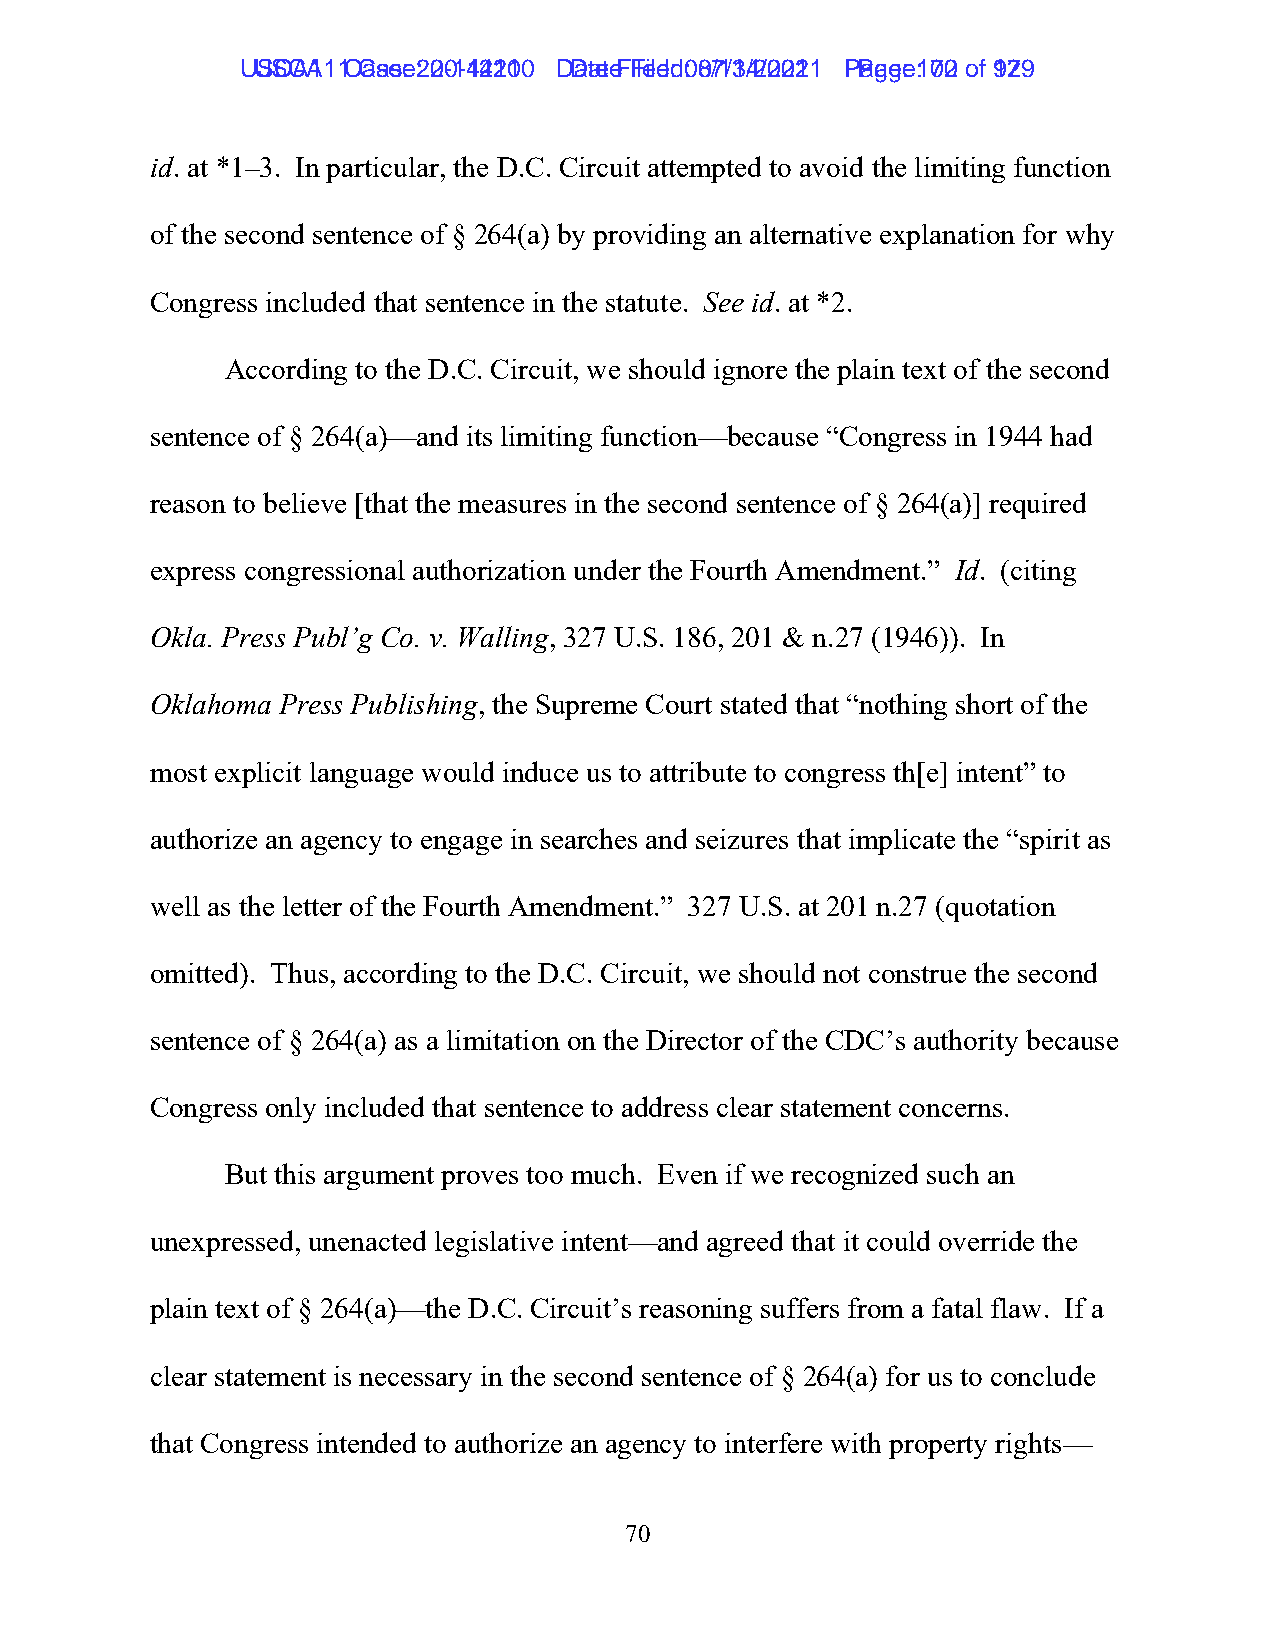
UUSSCCAA1111 C Caasese: :2 200-1-144221100 D Daatete F Fileiledd: :0 087/1/134/2/2002211 P Paaggee: :1 7002 ooff 9172 9
 id. at *1–3. In particular, the D.C. Circuit attempted to avoid the limiting function
 of the second sentence of § 264(a) by providing an alternative explanation for why
 Congress included that sentence in the statute. See id. at *2.
 According to the D.C. Circuit, we should ignore the plain text of the second
 sentence of § 264(a)—and its limiting function—because “Congress in 1944 had
 reason to believe [that the measures in the second sentence of § 264(a)] required
 express congressional authorization under the Fourth Amendment.” Id. (citing
 Okla. Press Publ’g Co. v. Walling, 327 U.S. 186, 201 & n.27 (1946)). In
 Oklahoma Press Publishing, the Supreme Court stated that “nothing short of the
 most explicit language would induce us to attribute to congress th[e] intent” to
 authorize an agency to engage in searches and seizures that implicate the “spirit as
 well as the letter of the Fourth Amendment.” 327 U.S. at 201 n.27 (quotation
 omitted). Thus, according to the D.C. Circuit, we should not construe the second
 sentence of § 264(a) as a limitation on the Director of the CDC’s authority because
 Congress only included that sentence to address clear statement concerns.
 But this argument proves too much. Even if we recognized such an
 unexpressed, unenacted legislative intent—and agreed that it could override the
 plain text of § 264(a)—the D.C. Circuit’s reasoning suffers from a fatal flaw. If a
 clear statement is necessary in the second sentence of § 264(a) for us to conclude
 that Congress intended to authorize an agency to interfere with property rights—
 70